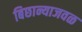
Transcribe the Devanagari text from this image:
बिछान्याजवळ